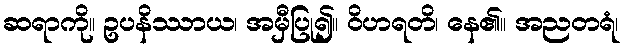
ဆရာကို။ ဥပနိဿာယ၊ အမှီပြု၍။ ဝိဟရတိ၊ နေ၏။ အညတရံ၊